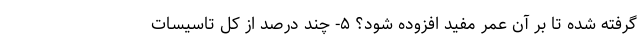
گرفته شده تا بر آن عمر مفید افزوده شود؟ ۵- چند درصد از کل تاسیسات